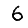
Digit: 6